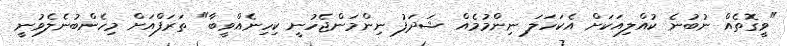
"ވީގޮތެއް ނުބުނެ ކުއްލިއަކަށް އެކަހަލަ ނިންމުމެއް ޝަދަފު ނިންމަންޖެހުނީ ކިހިނެއްވީބާ" ތަރަފްއަށް މިހެންބުނެލެވުނީ